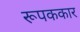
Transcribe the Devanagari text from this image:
रूपककार